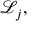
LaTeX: { \mathcal { L } } _ { j } ,